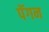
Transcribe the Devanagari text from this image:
पॅगन